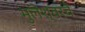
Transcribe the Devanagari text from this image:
भुलेश्वरचे